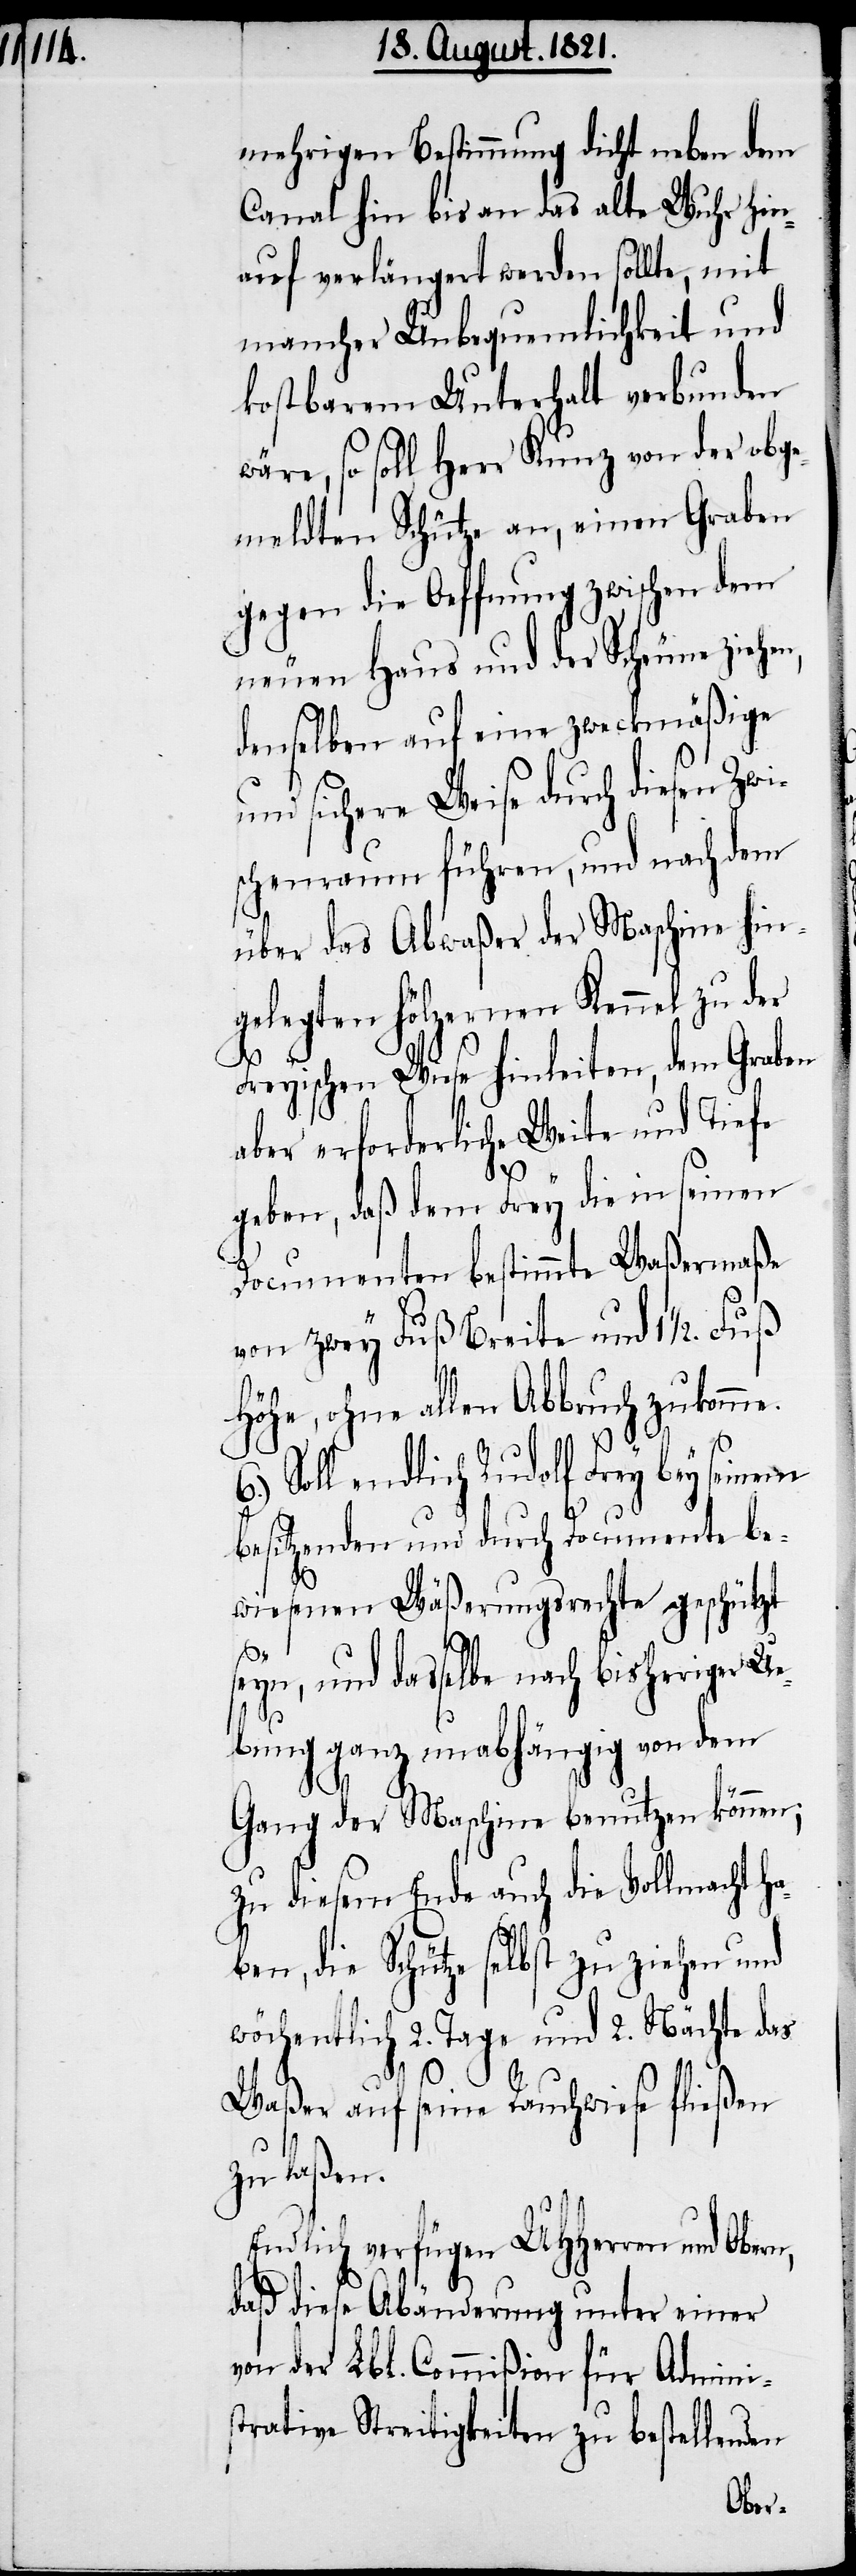
mehrigen Bestimmung dicht neben dem
Canal hin bis an das alte Wuhr hin¬
auf verlängert werden solle, mit
mancher Unbequemlichkeit und
kostbarem Unterhalt verbunden
wäre, so soll Herr Kunz von der obge¬
meldten Schütze an, einen Graben
gegen die Oeffnung zwischen dem
neuen Haus und der Scheune zieh¬
denselben auf eine zweckmäßige
und sichere Weise durch diesen Zwi¬
schenraum führen, und nach dem
über das Abwaßer der Maschine hin¬
gelegten hölzernen Kanal zu der
Freyischen Wiese hinleiten, dem Graben
aber erforderliche Weite und Tiefe
en,
geben, daß dem Frey die in seinen
Documenten bestimmte Waßermaße
von zwey Fuß Breite und 1 1/2.
Höhe, ohne allen Abbruch zukomme.
Soll endlich Rudolf Frey bey seinem
besitzenden und durch Documente be¬
wiesenen Wäßerungsrechte geschützt
seyn, und dasselbe nach bisheriger U¬
ebung ganz unabhängig von dem
Gang der Maschine benutzen können;
zu diesem Ende auch die Vollmacht ha¬
ben, die Schütze selbst zu ziehen und
wöchentlich 2. Tage und 2. Nächte das
Waßer auf seine Rauchwiese fließen
zu laßen.
Endlich verfügen UHHerren und
daß diese Abänderung unter einer
von der Lbl. Commißion für Admini¬
strative Streitigkeiten zu bestellenden
Obern,